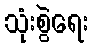
သုံးစွဲရေး